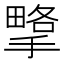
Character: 㨼